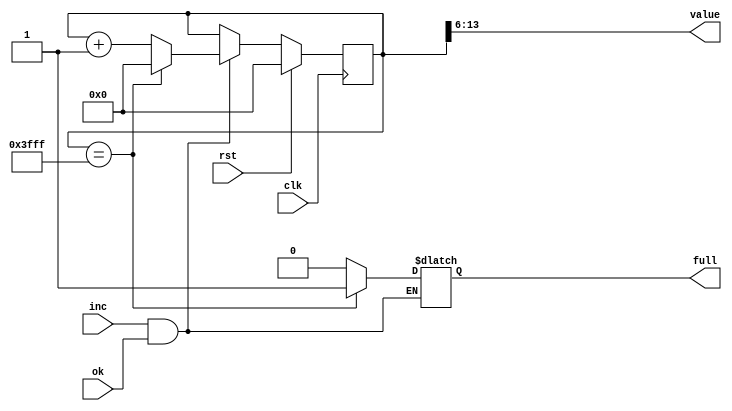
/*
   This file was generated automatically by the Mojo IDE version B1.2.3.
   Do not edit this file directly. Instead edit the original Lucid source.
   This is a temporary file and any changes made to it will be destroyed.
*/

/*
   Parameters:
     SIZE = 8
     DIV = 6
     TOP = 8b11111111
     UP = 1
*/
module special_counter_4 (
    input clk,
    input rst,
    input ok,
    input inc,
    output reg [7:0] value,
    output reg full
  );
  
  localparam SIZE = 4'h8;
  localparam DIV = 3'h6;
  localparam TOP = 8'hff;
  localparam UP = 1'h1;
  
  
  reg [13:0] M_ctr_d, M_ctr_q = 1'h0;
  
  localparam MAX_VALUE = 14'h3fff;
  
  always @* begin
    M_ctr_d = M_ctr_q;
    
    value = M_ctr_q[6+7-:8];
    if (1'h1) begin
      if (inc && ok) begin
        if (1'h1 && M_ctr_q == 14'h3fff) begin
          M_ctr_d = 1'h0;
          full = 1'h1;
        end else begin
          M_ctr_d = M_ctr_q + 1'h1;
          full = 1'h0;
        end
      end
    end else begin
      M_ctr_d = M_ctr_q - 1'h1;
      if (1'h1 && M_ctr_q == 1'h0) begin
        M_ctr_d = 14'h3fff;
      end
    end
  end
  
  always @(posedge clk) begin
    if (rst == 1'b1) begin
      M_ctr_q <= 1'h0;
    end else begin
      M_ctr_q <= M_ctr_d;
    end
  end
  
endmodule